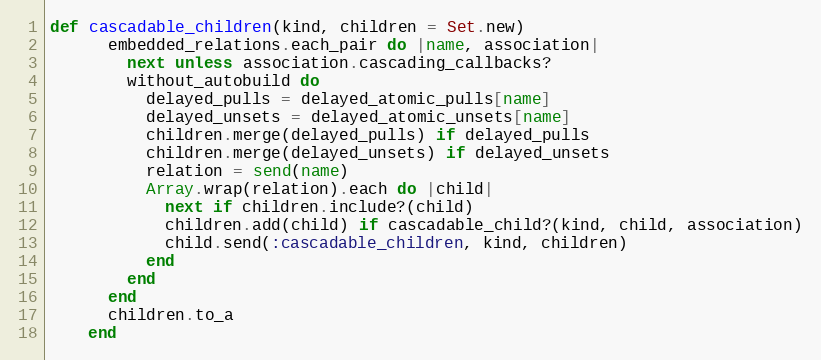
Language: Ruby
def cascadable_children(kind, children = Set.new)
      embedded_relations.each_pair do |name, association|
        next unless association.cascading_callbacks?
        without_autobuild do
          delayed_pulls = delayed_atomic_pulls[name]
          delayed_unsets = delayed_atomic_unsets[name]
          children.merge(delayed_pulls) if delayed_pulls
          children.merge(delayed_unsets) if delayed_unsets
          relation = send(name)
          Array.wrap(relation).each do |child|
            next if children.include?(child)
            children.add(child) if cascadable_child?(kind, child, association)
            child.send(:cascadable_children, kind, children)
          end
        end
      end
      children.to_a
    end